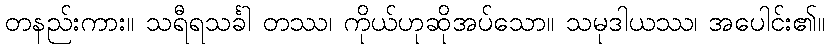
တနည်းကား။ သရီရသင်္ခါ တဿ၊ ကိုယ်ဟုဆိုအပ်သော။ သမုဒါယဿ၊ အပေါင်း၏။